Report on sanitation, dispensaries, and jails in Rajputana for 1911, and on vaccination for the year 1911-1912 - 1911-1912
Year: 1911
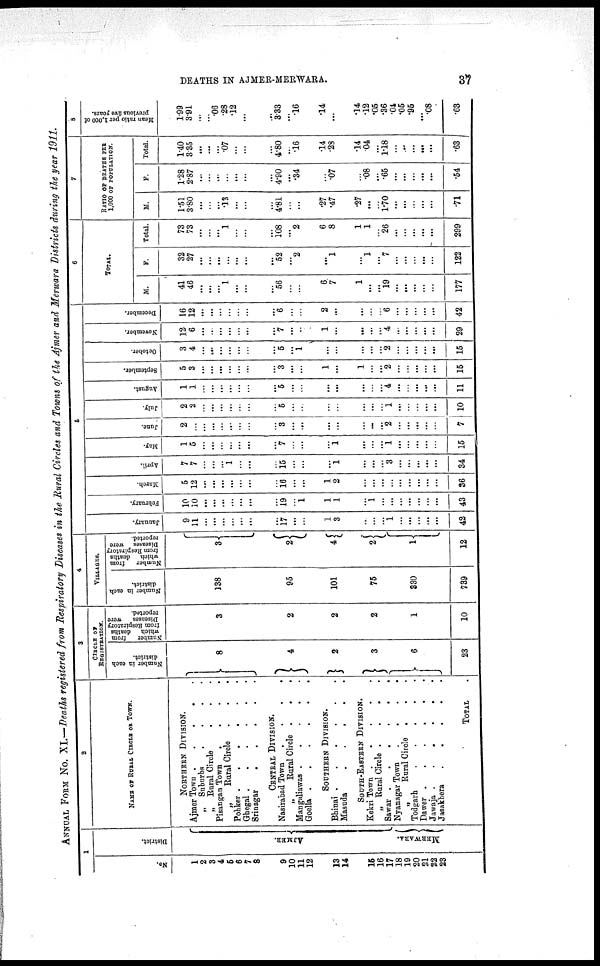
DEATHS IN AJMER-MERWARA.
37
ANNUAL FROM No. XI.—Deaths registered from Respiratory Diseases in the Rural Circles and Towns of the Ajmer and Merwara Districts during the year 1911.
1
No.
1
2
3
4
5
6
7
8
9
10
11
12
13
14
15
16
17
18
19
20
21
22
23
District.
AJMER.
MERWARA.
2
NAME OF RURAL CIRCLE OF TOWN.
NORTHERN DIVISION.
Ajmer Town .
.
.
.
.
„ Suburbs
.
.
.
.
„ Rural Circle . . . .
Pisangan Town
.
.
.
.
„
Rural Circle
.
.
.
Pohker .
.
.
.
.
.
Ghega1. . . . . .
Srinagar
.
.
.
.
.
CENTRAL DIVISION.
Nasirabad Town
.
.
.
.
„
Rural Circle . . .
Mangaliawas
Goella .
.
.
.
.
.
SOUTHERN DIVISION.
Bhinai .
.
.
.
.
.
Masuda
.
.
.
.
.
SOUTH-EASTERN DIVISION.
Kekri Town .
.
.
.
.
„ Rural Circle .
.
.
.
Sawar .
.
.
.
.
.
Nyanagar Town
.
.
.
.
„
Rural Circle . . .
Todgarh
.
.
.
.
.
Dawer .
.
.
.
.
.
Jawaja .
.
.
.
.
.
Jasakhera
.
.
.
.
.
TOTAL .
3
CIRCLE OF
REGISTRATION.
Number in each
district.
8
4
2
3
6
23
Number
from
which deaths
from Respiratory
Diseases
were
reported.
3
2
2
2
1
10
4
VILLAGES.
Number in each
district.
138
95
101
75
330
739
Number
from
which deaths
from Respiratory
Diseases were
reported.
3
2
4
2
1
12
5
January.
9
11
...
...
...
...
...
...
...
17
...
...
1
3
...
...
...
1
...
...
...
...
...
42
February.
10
10
...
...
...
...
...
...
...
19
...
1
1
1
...
1
...
...
...
...
...
...
...
43
March.
5
12
...
...
...
...
...
...
...
16
...
...
1
2
...
...
...
...
...
...
...
...
...
36
April.
7
7
...
...
...
1
...
...
...
15
...
...
...
1
...
...
...
3
...
...
...
...
...
34
May.
1
5
...
...
...
...
...
...
...
7
...
...
1
...
...
...
1
...
...
...
...
...
15
June.
2
...
...
...
...
...
...
...
...
3
...
...
...
...
...
...
...
2
...
...
...
...
...
7
July.
2
2
...
...
...
...
...
...
...
5
...
...
...
...
...
...
...
1
...
...
...
...
...
10
August.
1
1
...
...
...
...
...
...
...
5
...
...
...
...
...
...
...
4
...
...
...
...
...
11
September.
5
3
...
...
...
...
...
...
...
3
...
...
1
...
1
...
...
2
...
...
...
...
...
15
October.
3
4
...
...
...
...
...
...
...
5
...
1
...
...
...
...
...
2
...
...
...
...
...
15
November.
12
6
...
...
...
...
...
...
...
7
...
...
1
...
...
...
...
4
...
...
...
...
...
29
December.
16
12
...
...
...
...
...
...
...
6
...
...
2
...
...
...
...
6
...
...
...
...
...
42
6
TOTAL.
M.
41
46
...
...
...
1
...
...
...
56
...
6.
7
1
...
...
19
...
...
...
...
...
177
F.
32
27
...
...
...
...
...
...
...
52
...
2
...
1
...
1
...
7
...
...
...
...
...
122
Total.
73
73
...
...
...
1
...
...
...
108
...
2
6
8
1
1
...
26
...
...
...
...
...
299
7
RATIO OF DEATHS PER
1,000 OF POPULATION.
M.
1.51
3.80
...
...
...
.13
...
...
...
4.81
...
.27
.47
.27
...
...
1.70
...
...
...
...
...
.71
F.
1.28
2.87
...
...
...
...
...
...
...
4.90
...
.34
...
.07
...
.08
...
.65
...
...
...
...
...
.54
Total.
1.40
3.35
...
...
...
.07
...
...
...
4.80
...
.16
.14
.28
.14
.04
...
1.18
...
...
...
...
...
.63
8
Mean ratio per 1,000 of
previous five years.
1.99
3.91
...
...
.06
.28
.12
...
...
3.33
...
.16
.14
...
.14
.12
.05
.36
.04
.05
.95
...
.08
.63